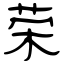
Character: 荣